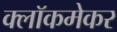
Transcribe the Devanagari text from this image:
क्लॉकमेकर